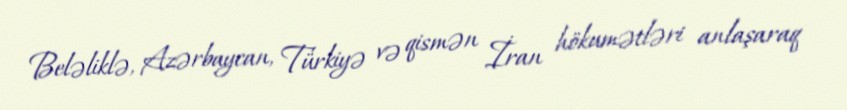
Beləliklə, Azərbaycan, Türkiyə və qismən İran hökumətləri anlaşaraq